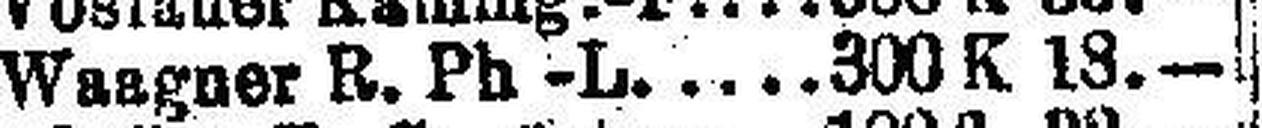
Waagner B. Ph -L. 300 K 18.—